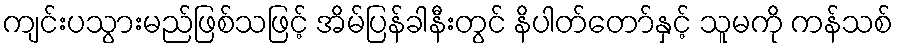
ကျင်းပသွားမည်ဖြစ်သဖြင့် အိမ်ပြန်ခါနီးတွင် နိပါတ်တော်နှင့် သူမကို ကန်သစ်